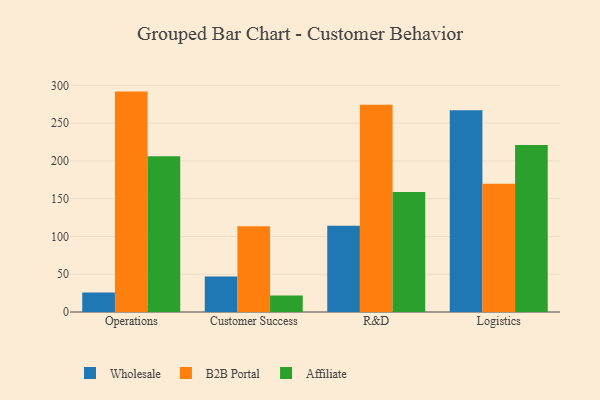
{"axis": {"x": "Department", "y": "Population (Million)"}, "legend": ["Affiliate", "B2B Portal", "Wholesale"], "data": [{"x": "Operations", "y": 25.9, "type": "Wholesale"}, {"x": "Operations", "y": 291.8, "type": "B2B Portal"}, {"x": "Operations", "y": 206.2, "type": "Affiliate"}, {"x": "Customer Success", "y": 46.9, "type": "Wholesale"}, {"x": "Customer Success", "y": 113.6, "type": "B2B Portal"}, {"x": "Customer Success", "y": 21.9, "type": "Affiliate"}, {"x": "R&D", "y": 114.3, "type": "Wholesale"}, {"x": "R&D", "y": 274.3, "type": "B2B Portal"}, {"x": "R&D", "y": 158.9, "type": "Affiliate"}, {"x": "Logistics", "y": 267.1, "type": "Wholesale"}, {"x": "Logistics", "y": 169.9, "type": "B2B Portal"}, {"x": "Logistics", "y": 221.1, "type": "Affiliate"}]}